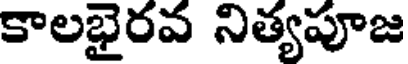
కాలభైరవ నిత్యపూజ